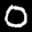
Label: 0